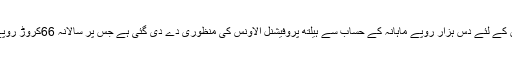
حال ہی میں نرسوں کے لئے دس ہزار روپے ماہانہ کے حساب سے ہیلتھ پروفیشنل الاونس کی منظوری دے دی گئی ہے جس پر سالانہ 66کروڑ روپے لاگت آرہی ہے ۔